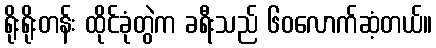
ရိုးရိုးတန်း ထိုင်ခုံတွဲက ခရီးသည် ၆၀လောက်ဆံ့တယ်။